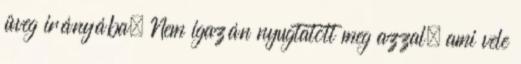
üveg irányába. Nem igazán nyugtatott meg azzal, ami vele